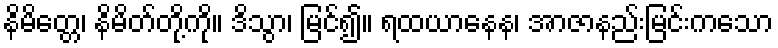
နိမိတ္တေ၊ နိမိတ်တို့ကို။ ဒိသွာ၊ မြင်၍။ ရထယာနေန၊ အာဇာနည်းမြင်းကသော